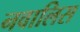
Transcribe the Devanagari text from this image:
नवालिस